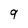
Character: 9